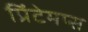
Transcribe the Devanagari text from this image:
प्रिंटेमप्स